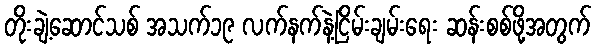
တိုးချဲ့ဆောင်သစ် အသက်၁၉ လက်နက်နဲ့ငြိမ်းချမ်းရေး ဆန်းစစ်ဖို့အတွက်